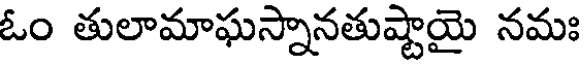
ఓం తులామాఘస్నానతుష్టాయై నమః